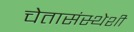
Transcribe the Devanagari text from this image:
चेतासंस्थेशी